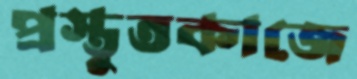
প্রস্তুতকাজে